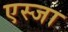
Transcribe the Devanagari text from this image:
एस्जा